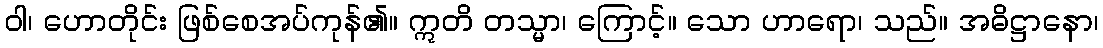
ဝါ၊ ဟောတိုင်း ဖြစ်စေအပ်ကုန်၏။ ဣတိ တသ္မာ၊ ကြောင့်။ သော ဟာရော၊ သည်။ အဓိဋ္ဌာနော၊